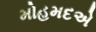
મોહમદએ